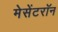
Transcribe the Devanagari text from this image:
मेसेंटरॉन